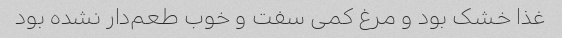
غذا خشک بود و مرغ کمی سفت و خوب طعم‌دار نشده بود